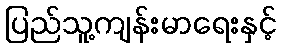
ပြည်သူ့ကျန်းမာရေးနှင့်